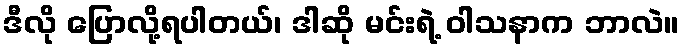
ဒီလို ပြောလို့ရပါတယ်၊ ဒါဆို မင်းရဲ့ ဝါသနာက ဘာလဲ။